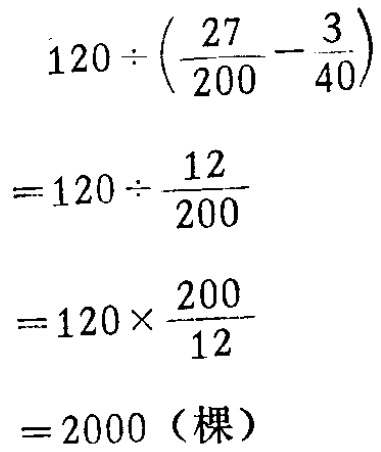
\[

\begin{align*}

&120\div(\frac{27}{200}-\frac{3}{40})\\

=&120\div\frac{12}{200}\\

=&120\times\frac{200}{12}\\

=&2000（\text{棵}）

\end{align*}

\]